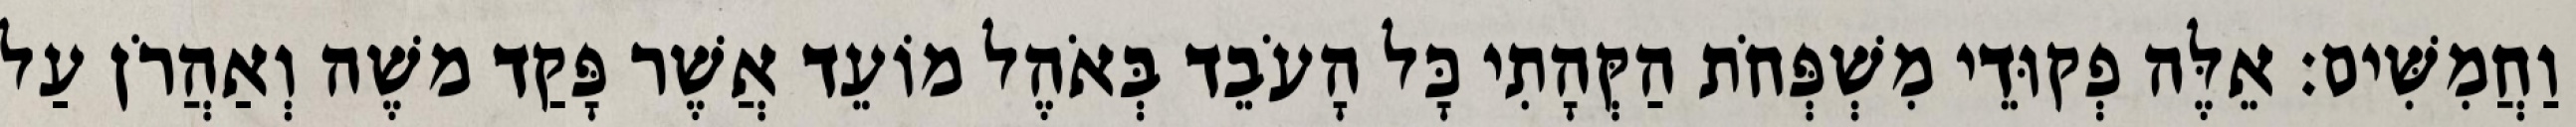
וַחֲמִשִּׁים׃ אֵלֶּה פְקוּדֵי מִשְׁפְּחֹת הַקְּהָתִי כָּל הָעֹבֵד בְּאֹהֶל מוֹעֵד אֲשֶׁר פָּקַד משֶׁה וְאַהֲרֹן עַל